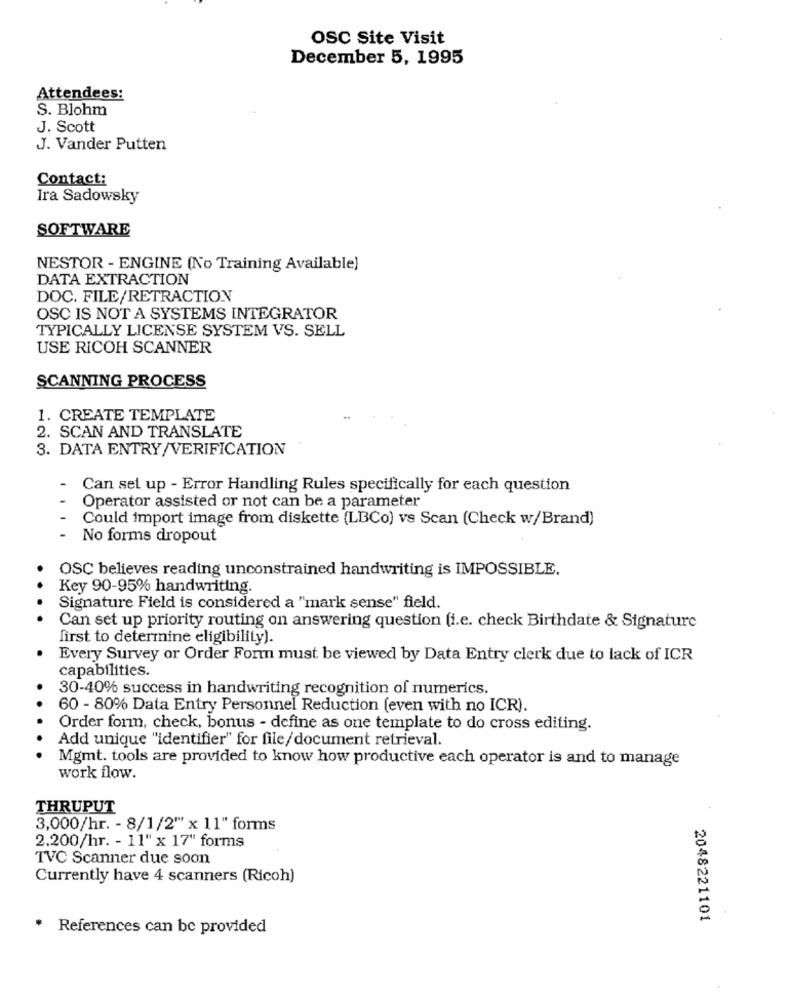
OSC Site Visit
December 5, 1995
Attendees:
S. Blohm
J. Scott
J. Vander Putten
Contact:
Ira Sadowsky
SOFTWARE
NESTOR - ENGINE (No Training Available)
DATA EXTRACTION
DOC. FILE/RETRACTION
OSC IS NOT A SYSTEMS INTEGRATOR
TYPICALLY LICENSE SYSTEM VS. SELL
USE RICOH SCANNER
SCANNING PROCESS
1. CREATE TEMPLATE
2. SCAN AND TRANSLATE
3. DATA ENTRY/VERIFICATION
Can set up - Error Handling Rules specifically for each question
Operator assisted or not can be a parameter
Could import image from diskette (LBCo) vs Scan (Check w/Brand)
No forms dropout
OSC believes reading unconstrained handwriting is IMPOSSIBLE.
Key 90-95% handwriting.
Signature Field is considered a "mark sense" field.
Can set up priority routing on answering question (i.e. check Birthdate & Signature
first to determine eligibility).
Every Survey or Order Form must be viewed by Data Entry clerk due to lack of ICR
capabilities.
30-40% success in handwriting recognition of numerics.
60 - 80% Data Entry Personnel Reduction (even with no ICR).
Order form, check, bonus - define as one template to do cross editing.
Add unique "identifier" for file/document retrieval.
Mgmt. tools are provided to know how productive each operator is and to manage
work flow.
THRUPUT
3,000/hr. - 8/1/2""" x 11" forms
2,200/hr. - 11" x 17" forms
TVC Scanner due soon
Currently have 4 scanners (Ricoh)
2048221101
* References can be provided